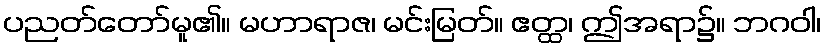
ပညတ်တော်မူ၏။ မဟာရာဇ၊ မင်းမြတ်။ ဧတ္ထ၊ ဤအရာ၌။ ဘဂဝါ၊